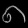
Digit: ၈